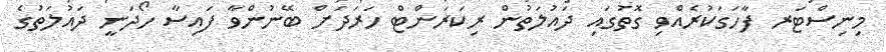
މިނިސްޓަރ ފާހަގަކުރެއްވި ގޮތުގައި ދައުލަތުން ރިކަރަންޓް ހަރަަދަށް ބޭނުންވާ ފައިސާ ހޯދަނީ ދައުލަތުގެ